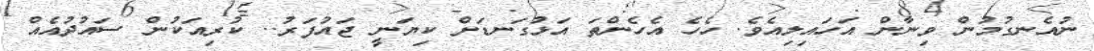
ނުއެނގުމުން ވިނާން އަހައިލިއެވެ. ހެހެ އެހެންތަ އަޅުގަނޑަށް ކިޔަނީ ޖައުފަރު.. ކުރިއަކުން ސައުދުއެއް